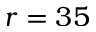
r = 3 5